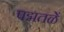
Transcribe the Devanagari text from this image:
पद्मतळें